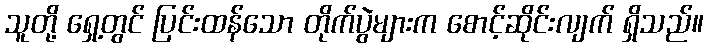
သူတို့ ရှေ့တွင် ပြင်းထန်သော တိုက်ပွဲများက စောင့်ဆိုင်းလျက် ရှိသည်။